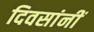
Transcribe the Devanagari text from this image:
दिवसांनीं